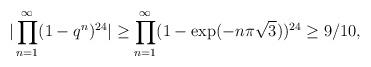
LaTeX: \begin{align*}|\prod_{n=1}^{\infty}(1 -q^n)^{24} | \geq \prod_{n=1}^{\infty}( 1 - \exp(-n\pi\sqrt{3}))^{24} \geq 9/10,\end{align*}